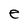
Character: e